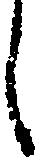
し